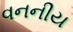
વનનીય